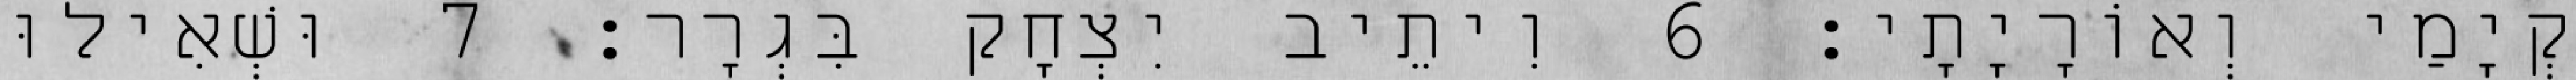
קְיָמַי וְאוֹרָיָתָי׃ 6 וִיתֵיב יִצְחָק בִּגְרָר׃ 7 וּשְׁאִילוּ